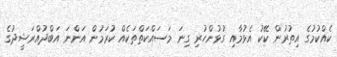
ކެއްކުމުގެ އިތުރުން ކޭކު އެޅުމާއި ގުޅުންހުރި ގިނަ މަސައްކަތްތަކެއް ކުރަމުން އަންނަ އަބްދުއްރަޝީދުގެ